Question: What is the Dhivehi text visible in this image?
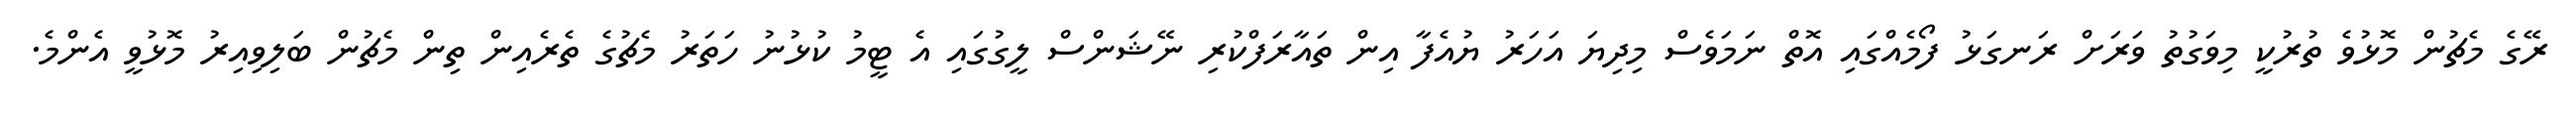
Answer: ރޭގެ މެޗުން މޮޅުވެ ތުރުކީ މިވަގުތު ވަރަށް ރަނގަޅު ފޯމެއްގައި އޮތް ނަމަވެސް މިދިޔަ އަހަރު ޔުއެފާ އިން ތައާރަފްކުރި ނޭޝަންސް ލީގުގައި އެ ޓީމު ކުޅުނު ހަތަރު މެޗުގެ ތެރެއިން ތިން މެޗުން ބަލިވިއިރު މޮޅުވީ އެންމެ.